Scottish Leaving Certificate Examination, 1960
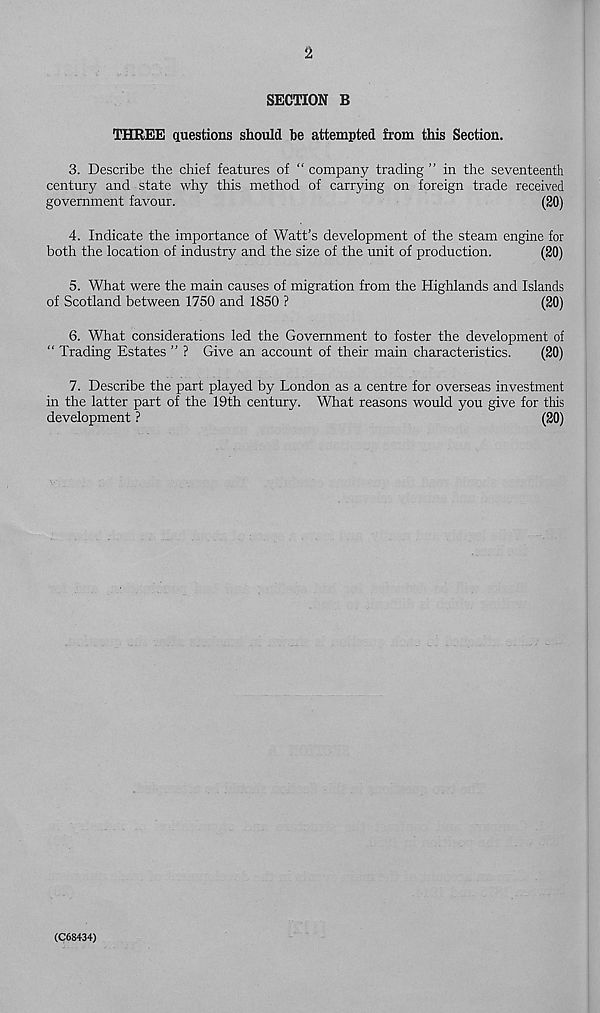
2
SECTION B
THREE questions should be attempted from this Section.
3. Describe the chief features of “ company trading ” in the seventeenth
century and state why this method of carrying on foreign trade received
government favour.
(20)
4. Indicate the importance of Watt’s development of the steam engine for
both the location of industry and the size of the unit of production.
(20)
5. What were the main causes of migration from the Highlands and Islands
of Scotland between 1750 and 1850 ?
(20)
6. What considerations led the Government to foster the development of
“ Trading Estates ” ? Give an account of their main characteristics.
(20)
7. Describe the part played by London as a centre for overseas investment
in the latter part of the 19th century. What reasons would you give for this
development ?
(20)
(C68434)